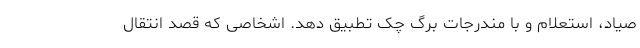
صیاد، استعلام و با مندرجات برگ چک تطبیق دهد. اشخاصی که قصد انتقال